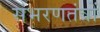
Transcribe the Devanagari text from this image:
संभरणतंत्रों